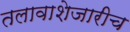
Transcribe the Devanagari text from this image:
तलावाशेजारीच